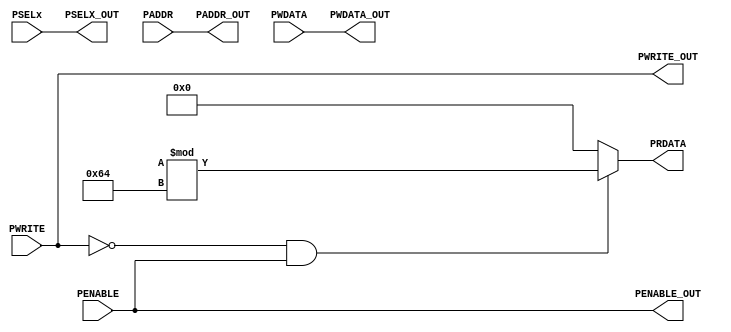
module APB_INTERFACE( PENABLE, PWRITE, PSELx, PADDR, PWDATA, PWRITE_OUT,
                       PENABLE_OUT, PSELX_OUT, PADDR_OUT, PWDATA_OUT, PRDATA );


input PENABLE,PWRITE;

input [2:0]PSELx;

input [31:0]PADDR,PWDATA;	

output PWRITE_OUT,PENABLE_OUT;

output [2:0]PSELX_OUT;

output [31:0]PADDR_OUT,PWDATA_OUT;

output reg [31:0]PRDATA;


assign PSELX_OUT = PSELx;
assign PADDR_OUT =PADDR;
assign PWDATA_OUT = PWDATA;
assign PWRITE_OUT = PWRITE;
assign PENABLE_OUT = PENABLE;

always @(*)
begin
if(!PWRITE && PENABLE)
PRDATA = {$random}%100;
else
PRDATA=32'd0;

end

endmodule